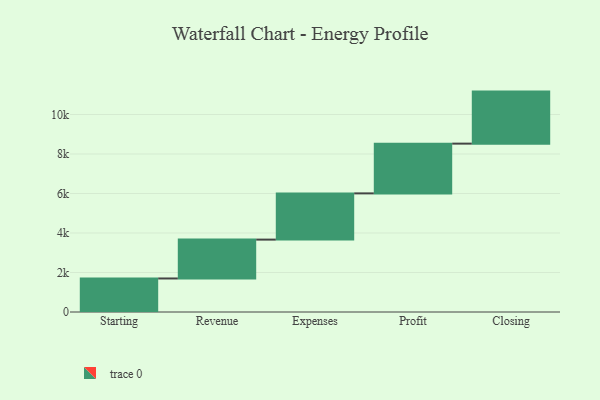
{"axis": {"x": "Step", "y": "Value"}, "legend": [""], "data": [{"x": "Starting", "y": 1698.0, "type": ""}, {"x": "Revenue", "y": 1968.0, "type": ""}, {"x": "Expenses", "y": 2341.0, "type": ""}, {"x": "Profit", "y": 2519.0, "type": ""}, {"x": "Closing", "y": 2635.0, "type": ""}]}